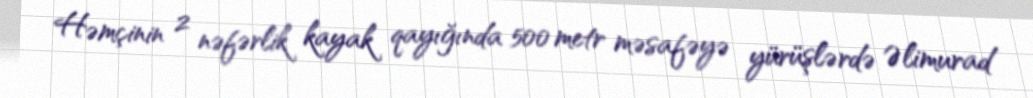
Həmçinin 2 nəfərlik kayak qayığında 500 metr məsafəyə yürüşlərdə Əlimurad